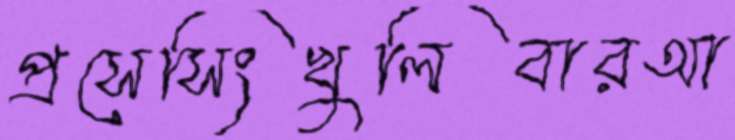
প্রসেসিংখুলিবারআ